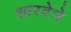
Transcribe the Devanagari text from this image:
शारदेचे